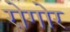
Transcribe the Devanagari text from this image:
रोगोर